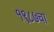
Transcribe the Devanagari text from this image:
१९८७चा